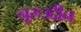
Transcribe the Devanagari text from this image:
नूरुउद्दीन